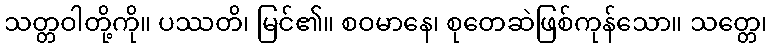
သတ္တဝါတို့ကို။ ပဿတိ၊ မြင်၏။ စဝမာနေ၊ စုတေဆဲဖြစ်ကုန်သော။ သတ္တေ၊